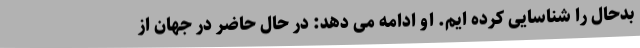
بدحال را شناسایی کرده ایم. او ادامه می دهد: در حال حاضر در جهان از